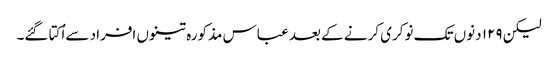
لیکن ۱۲۹ دنوں تک نوکری کرنے کے بعد عباس مذکورہ تینوں افراد سے اُکتا گئے۔